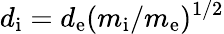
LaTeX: d_{\mathrm{i}}=d_{\mathrm{e}}(m_{\mathrm{i}}/m_{\mathrm{e}})^{1/2}